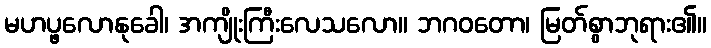
မဟပ္ဖလောနုခေါ၊ အကျိုးကြီးလေသလော။ ဘဂဝတော၊ မြတ်စွာဘုရား၏။